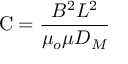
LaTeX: \mathrm { C } = { \frac { B ^ { 2 } L ^ { 2 } } { \mu _ { o } \mu D _ { M } } }